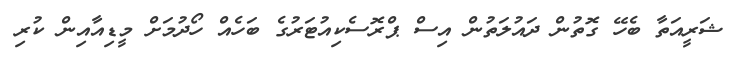
ޝަރީއަތާ ބެހޭ ގޮތުން ދައުލަތުން އިސް ޕްރޮސެކިއުޓަރުގެ ބަހެއް ހޯދުމަށް މީޑިއާއިން ކުރި